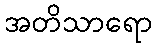
အတိသာရော